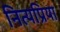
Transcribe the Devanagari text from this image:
नित्यप्रिया